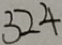
3 2 4